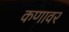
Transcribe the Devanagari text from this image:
कणावर